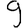
Digit: 9